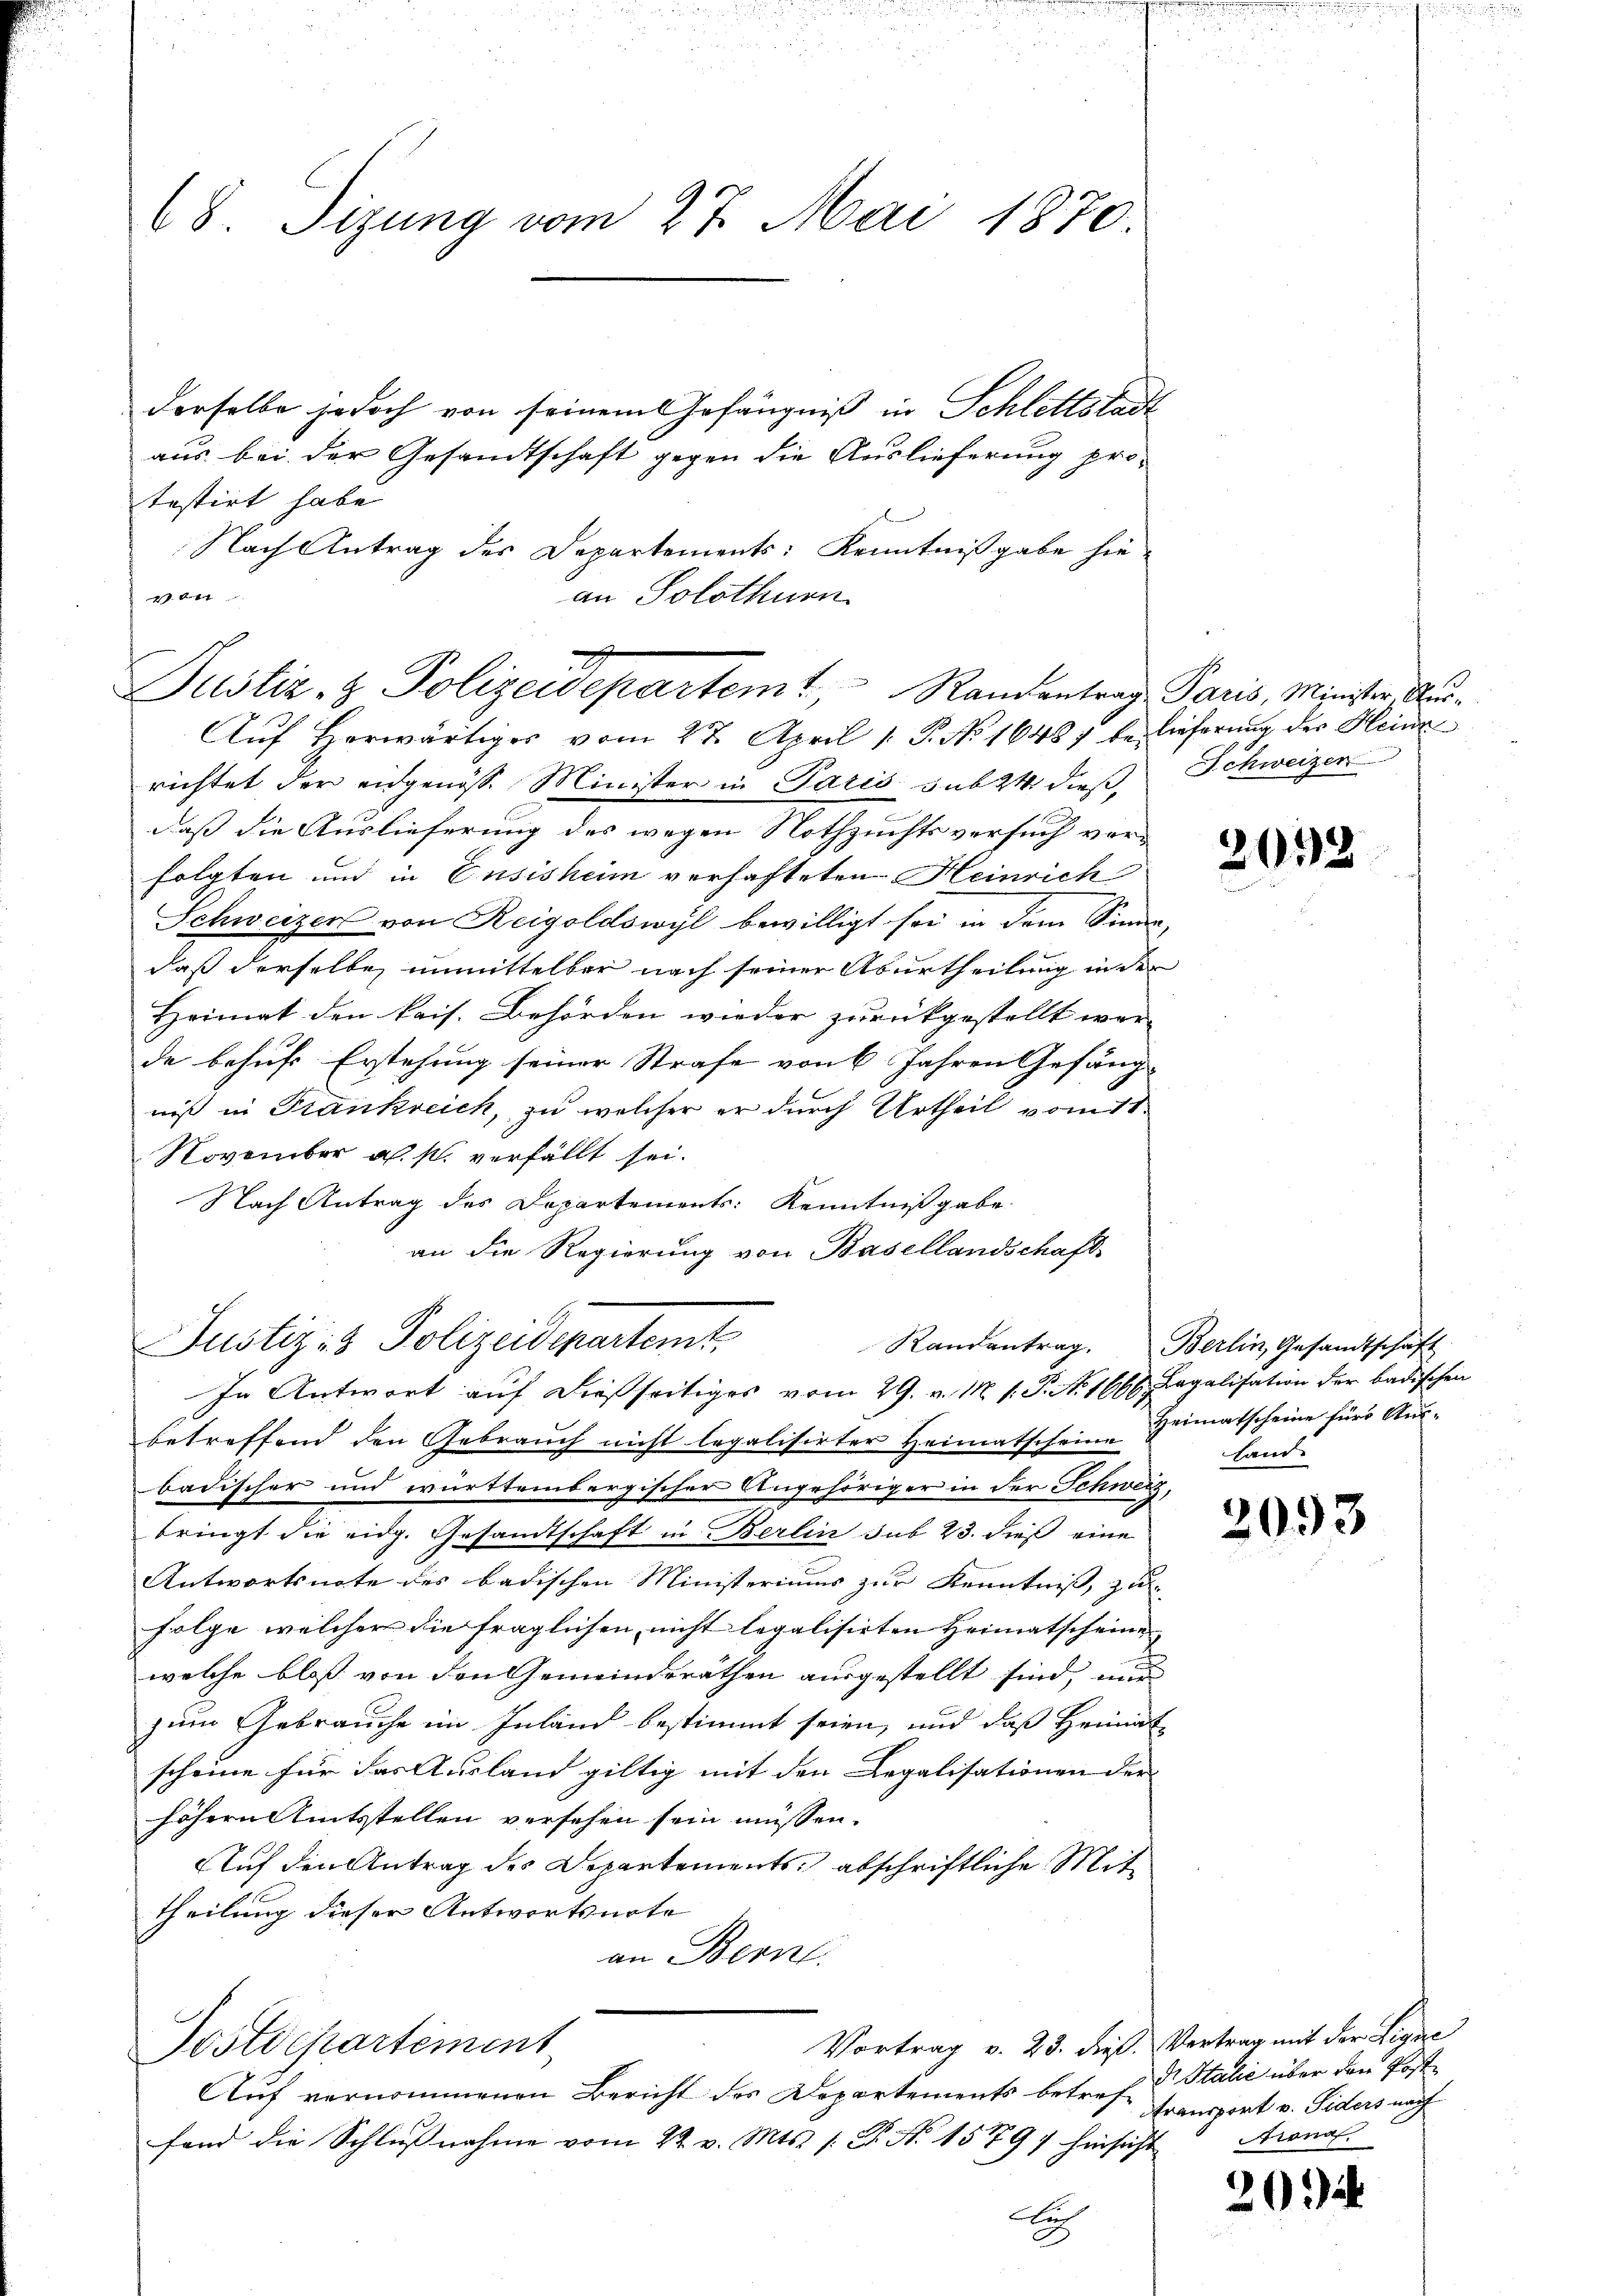
8. Sizung vom 27. Mai 1870
derselbe jedoch von seinem Gefängniß in Schlettstadt
aus bei der Gesandtschaft gegen die Auslieferung pro¬

testirt habe
Nach Antrag des Departements: Kenntnißgabe hie¬
47 Art
an Solothurn

Justiz- & Polizeidepartemt, Randentrag Paris, Minister Aus¬
Auf Herwärtiges vom 27. April 1. P. No 16487 belieferung des Heinz

Justiz- & Polizeidenartemt
In Antwort auf dießseitiges vom 29. v. M. v. P. No. 1666. Legalisation der badischen

richtet der eidgenösse Minister in Paris sub 24 dieß, Schweizen
daß die Auslieferung der wegen Nothzuchtsversuch vorfolgten und in Ensisheim verhafteten Heinrich
Schweizer von Reigoldswyl bewilligt sei in dem Sinne,
daß derselbe unmittelbar nach seiner Aburtheilung in der
Heimat den kais. Behörden wieder zurückgestellt wer-
de behufs Erstehung seiner Strafe von 6 Jahren Gefäng-
niß in Frankreich, zu welcher er durch Urtheil vom 18.
November a. p. verfällt sei.
Nach Antrag des Departements: Kenntnißgabe
an die Regierung von Basellandschaft
betreffend den Gebrauch nicht legalisirter Heimatscheine Heimatscheine für Aus-
badischer und württembergischer Angehöriger in der Schweiz,
bringt die eidg. Gesandtschaft in Berlin sub 23. dieß eine
Antwortsnote des badischen Ministeriums zur Kenntniß, zu
Folge welcher die fraglichen, nicht legalisirten Heimatscheine
welche bloß von den Gemeindsräthen ausgestellt sind, mu
zum Gebrauche im Inland bestimmt seien, und daß Heimat
scheine für das Ausland giltig mit den Legalisationen der |
höhern Amtsstellen versehen sein müssen.
Auf den Antrag des Departements, abschriftliche Mittheilung dieser Antwortsnote
an Bern.
Vortrag v. 23. dieß Vertrag mit der Zigare
Postdepartement
Auf vernommenen Bericht des Departements betreffond die Schlŭβnahme vom 22. v. Mts. f. Dr. No. 151797 hinsicht
u

2032

Randantrag. Berlin, Gesandtschäft
land.

2093

Dr Stalić über den Posttransport v. Siders nach
trona

26